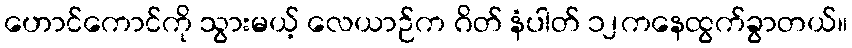
ဟောင်ကောင်ကို သွားမယ့် လေယာဉ်က ဂိတ် နံပါတ် ၁၂ကနေထွက်ခွာတယ်။